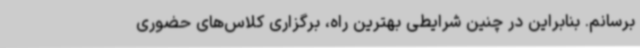
برسانم. بنابراین در چنین شرایطی بهترین راه، برگزاری کلاس‌های حضوری